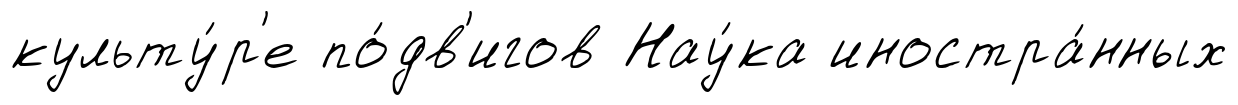
культу́р'е по́дв'игов Нау́ка иностра́нных